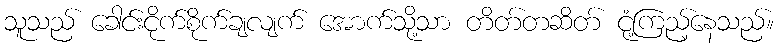
သူသည် ခေါင်းငိုက်စိုက်ချလျက် အောက်သို့သာ တိတ်တဆိတ် ငုံ့ကြည့်နေသည်။